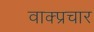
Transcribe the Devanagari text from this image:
वाक्‍प्रचार